65_HS1-834228961_62-HQ-83894_Serial_130
Agency: FBI
Page 24
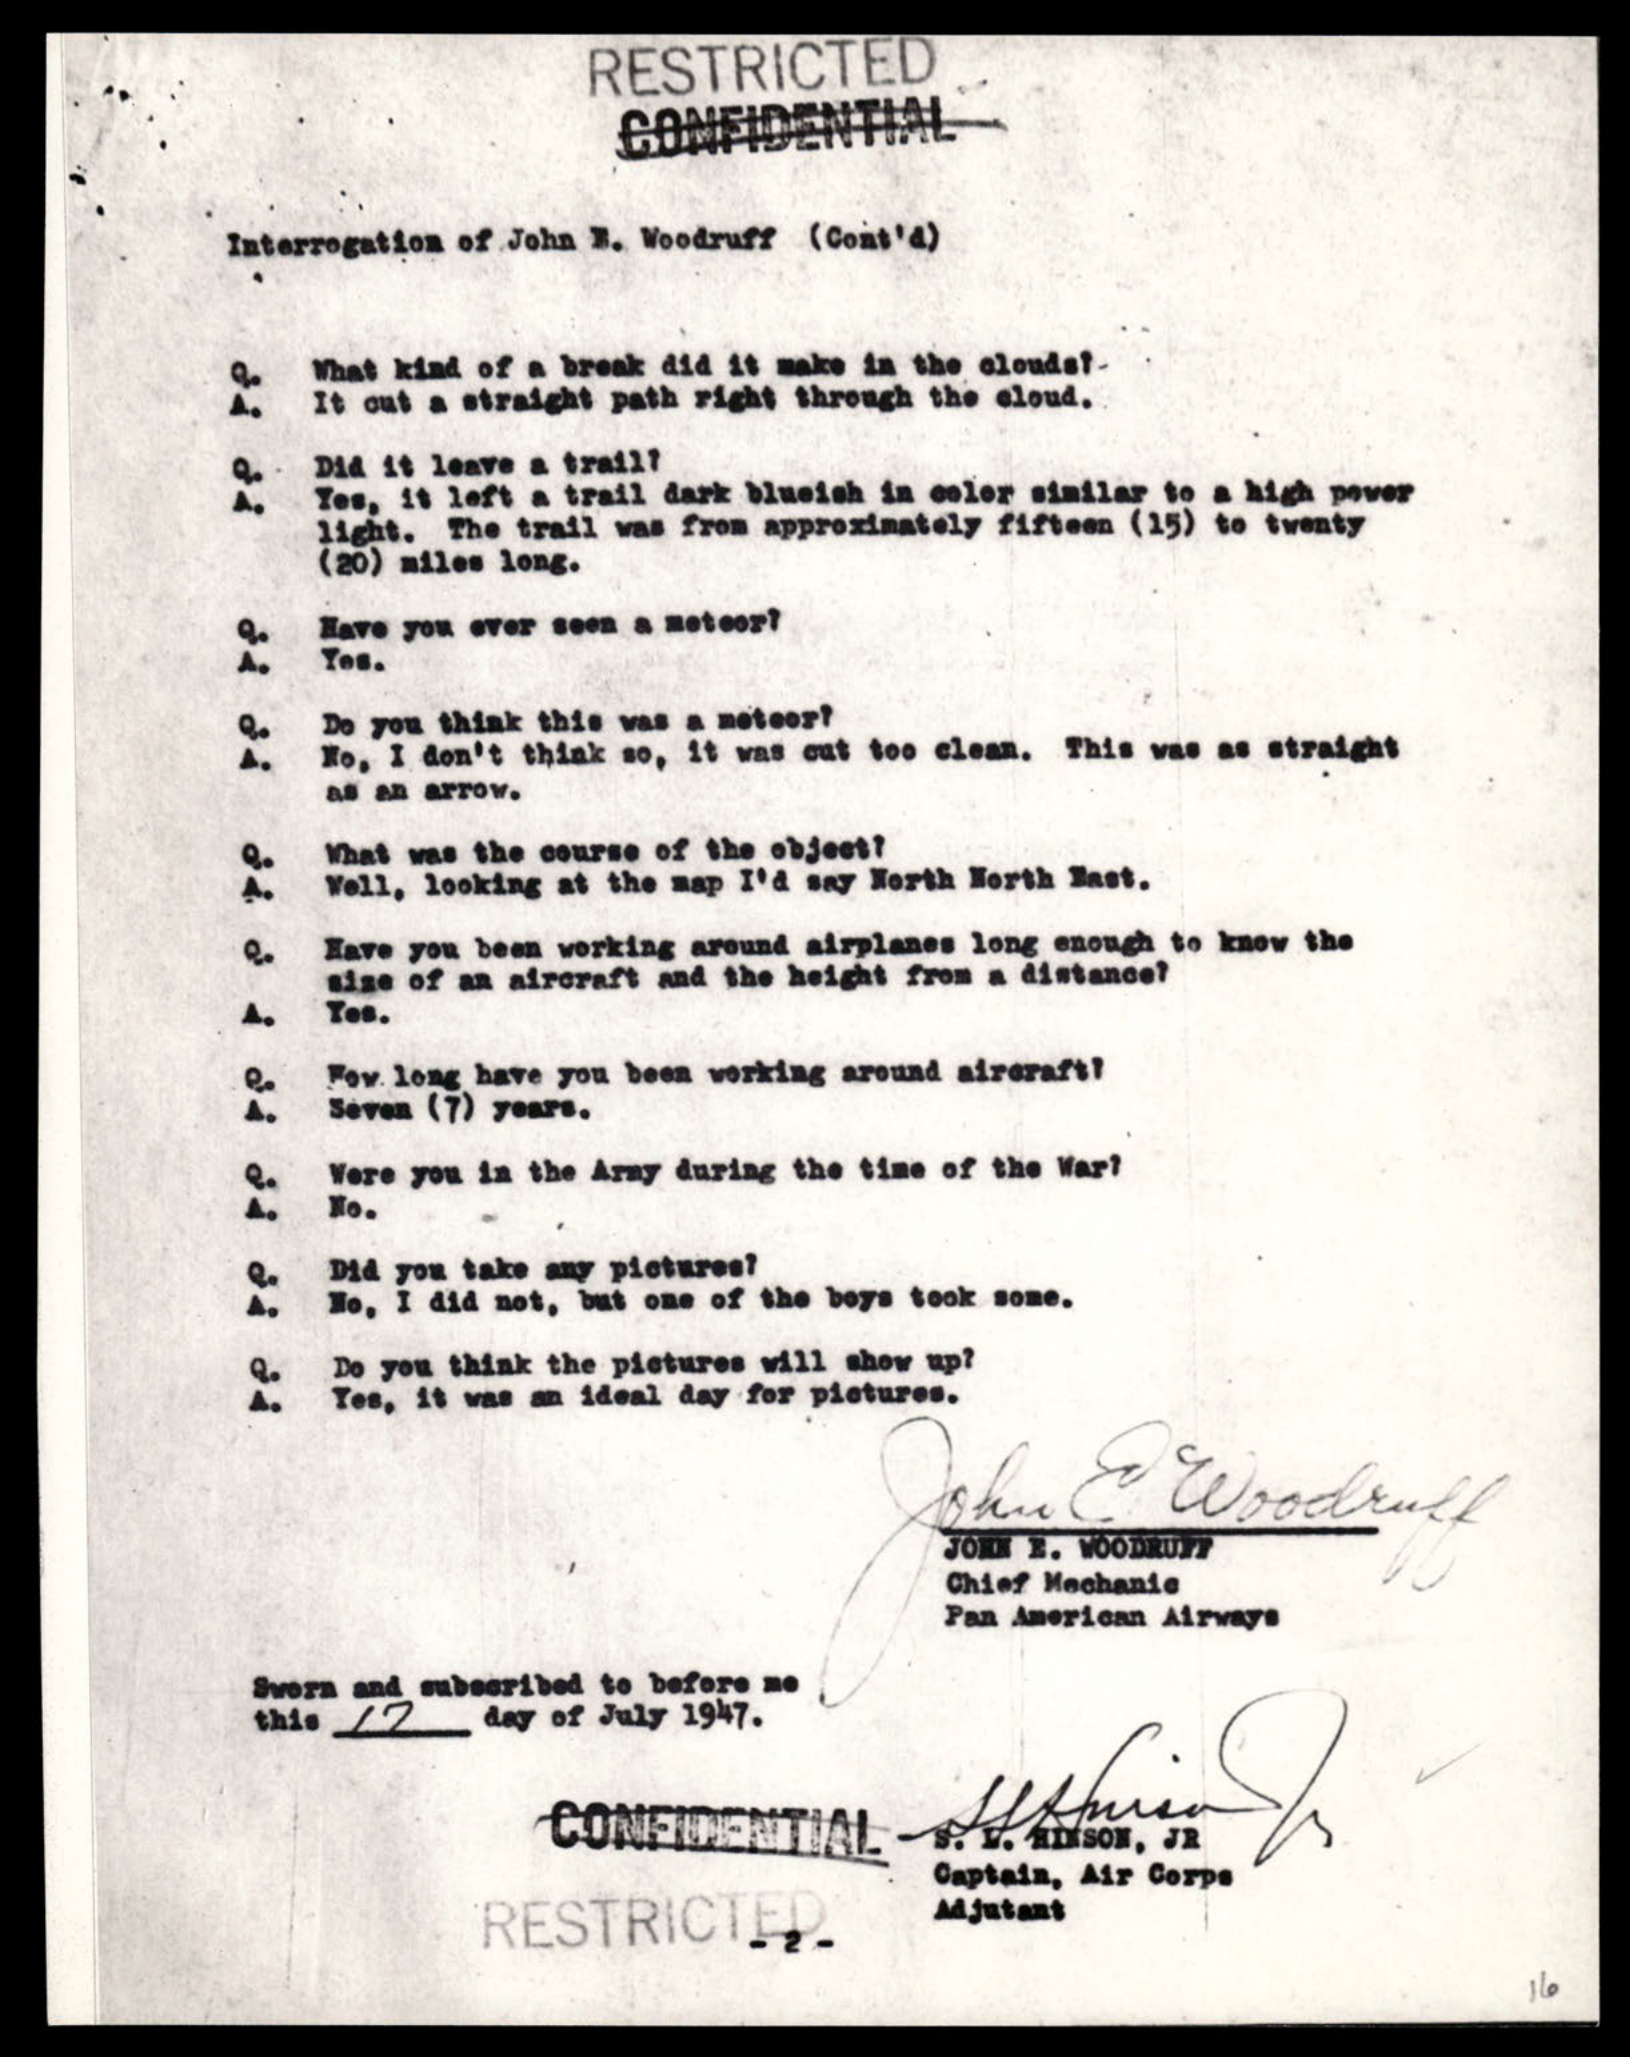